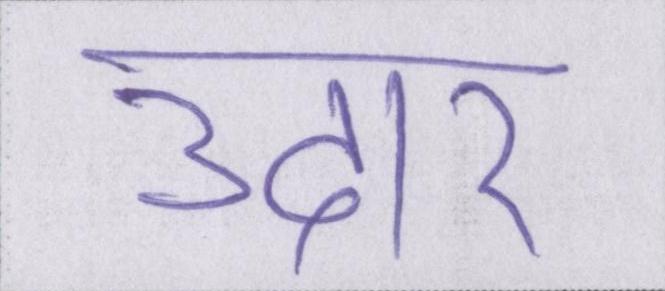
उदार